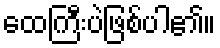
ထေကြီးပဲဖြစ်ပါ၏။